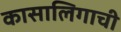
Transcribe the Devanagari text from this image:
कासालिगाची